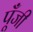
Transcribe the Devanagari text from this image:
पूॅंजी